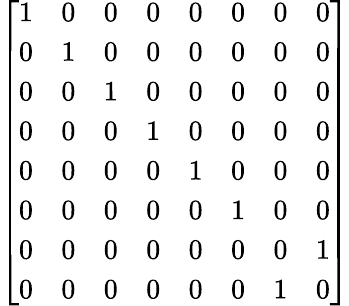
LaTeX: \left[\begin{array}{llllllll}{1}&{0}&{0}&{0}&{0}&{0}&{0}&{0}\\ {0}&{1}&{0}&{0}&{0}&{0}&{0}&{0}\\ {0}&{0}&{1}&{0}&{0}&{0}&{0}&{0}\\ {0}&{0}&{0}&{1}&{0}&{0}&{0}&{0}\\ {0}&{0}&{0}&{0}&{1}&{0}&{0}&{0}\\ {0}&{0}&{0}&{0}&{0}&{1}&{0}&{0}\\ {0}&{0}&{0}&{0}&{0}&{0}&{0}&{1}\\ {0}&{0}&{0}&{0}&{0}&{0}&{1}&{0}\end{array}\right]